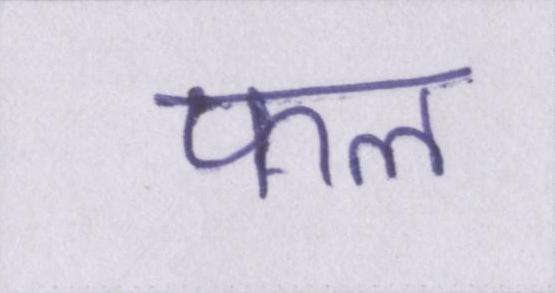
फल